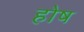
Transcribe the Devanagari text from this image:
होष